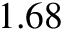
1 . 6 8